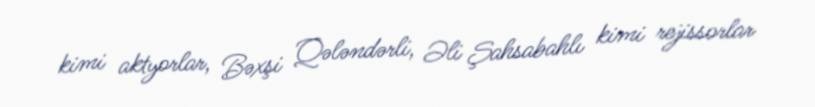
kimi aktyorlar, Bəxşi Qələndərli, Əli Şahsabahlı kimi rejissorlar